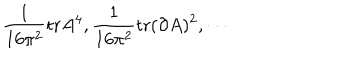
\frac { 1 } { 1 6 \pi ^ { 2 } } \mathrm { t r } A ^ { 4 } , \frac { 1 } { 1 6 \pi ^ { 2 } } \mathrm { t r } ( \partial A ) ^ { 2 } , \cdots